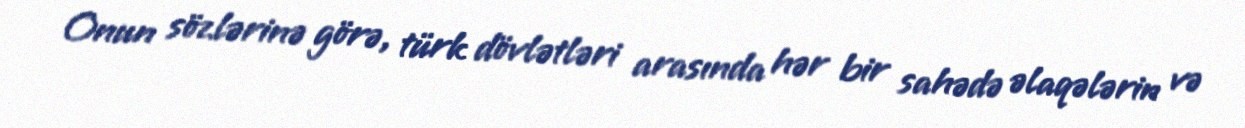
Onun sözlərinə görə, türk dövlətləri arasında hər bir sahədə əlaqələrin və